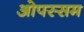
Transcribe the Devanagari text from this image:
ओपस्सम